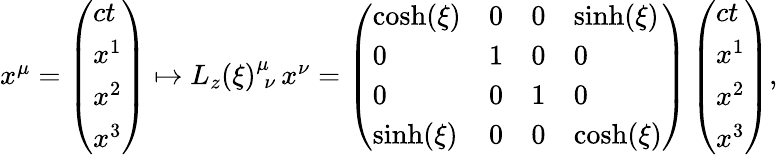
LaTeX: \begin{array}{r}{x^{\mu}=\left(\begin{array}{l}{ct}\\ {x^{1}}\\ {x^{2}}\\ {x^{3}}\end{array}\right)\mapsto L_{z}(\xi)_{\; \nu}^{\mu}\, x^{\nu}=\left(\begin{array}{llll}{\cosh(\xi)}&{0}&{0}&{\sinh(\xi)}\\ {0}&{1}&{0}&{0}\\ {0}&{0}&{1}&{0}\\ {\sinh(\xi)}&{0}&{0}&{\cosh(\xi)}\end{array}\right)\left(\begin{array}{l}{ct}\\ {x^{1}}\\ {x^{2}}\\ {x^{3}}\end{array}\right),}\end{array}